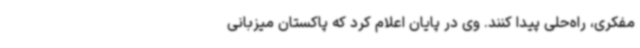
مفکری، راه‌حلی پیدا کنند. وی در پایان اعلام کرد که پاکستان میزبانی